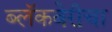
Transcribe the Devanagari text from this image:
ब्लॅकबेरीचा